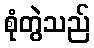
စုံတွဲသည်